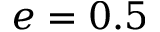
e = 0 . 5